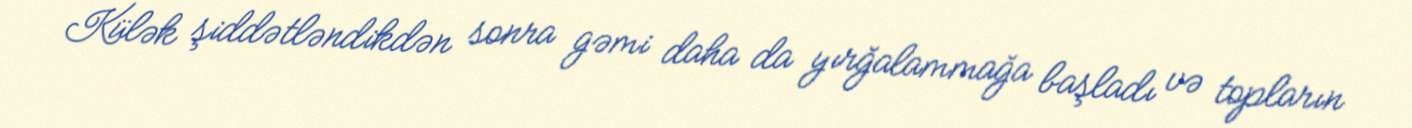
Külək şiddətləndikdən sonra gəmi daha da yırğalammağa başladı və topların